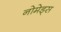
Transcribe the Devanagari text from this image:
नोमेड्स